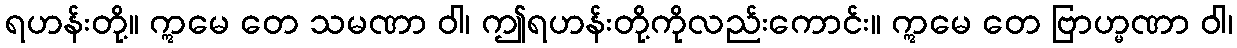
ရဟန်းတို့။ ဣမေ တေ သမဏာ ဝါ၊ ဤရဟန်းတို့ကိုလည်းကောင်း။ ဣမေ တေ ဗြာဟ္မဏာ ဝါ၊